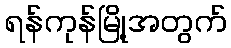
ရန်ကုန်မြို့အတွက်